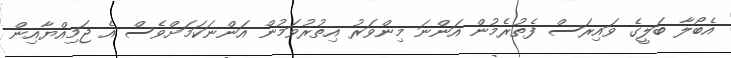
އެބޯލާ ބަލީގެ ވައިރަސް ފެތުރެމުން އަންނަ މިންވަރު އިތުރުވަމުން އަންނަކަމަށްވެސް އެ ޖަމިއްޔާއިން